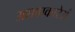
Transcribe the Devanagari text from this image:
अशाप्रकारेअं